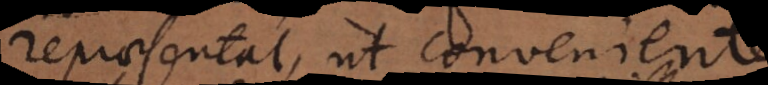
repraesentat, ut conveniente